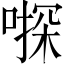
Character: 𠽄